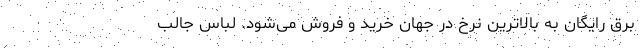
برق رایگان به بالاترین نرخ در جهان خرید و فروش می‌شود. لباس جالب